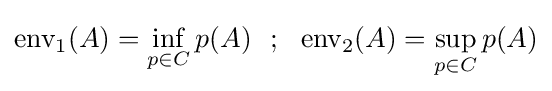
\operatorname {env_{1}} (A)=\inf _{p\in C}p(A)\,\,\,\,;\,\,\,\,\operatorname {env_{2}} (A)=\sup _{p\in C}p(A)